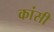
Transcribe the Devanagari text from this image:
कांसी